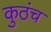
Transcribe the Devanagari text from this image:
कुठंच